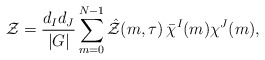
\begin{align*}{\cal Z} = \frac{d_Id_J}{|G|}\sum_{m=0}^{N-1}\hat{\cal Z}(m,\tau)\thinspace\bar{\chi}^I(m)\chi^J(m),\end{align*}